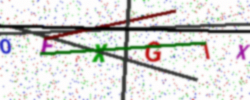
Text: OFXG1X